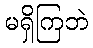
မရှိကြဘဲ